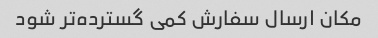
مکان ارسال سفارش کمی گسترده‌تر شود